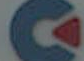
C